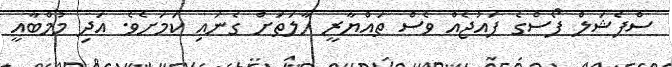
ސްޕެޝަލް ފޯސްގެ ފައުޖެއް ވެސް ތައްޔާރީ ހާލަތަށް ގެނައި ކަމަށެވެ. އަދި މުމްބާއީ